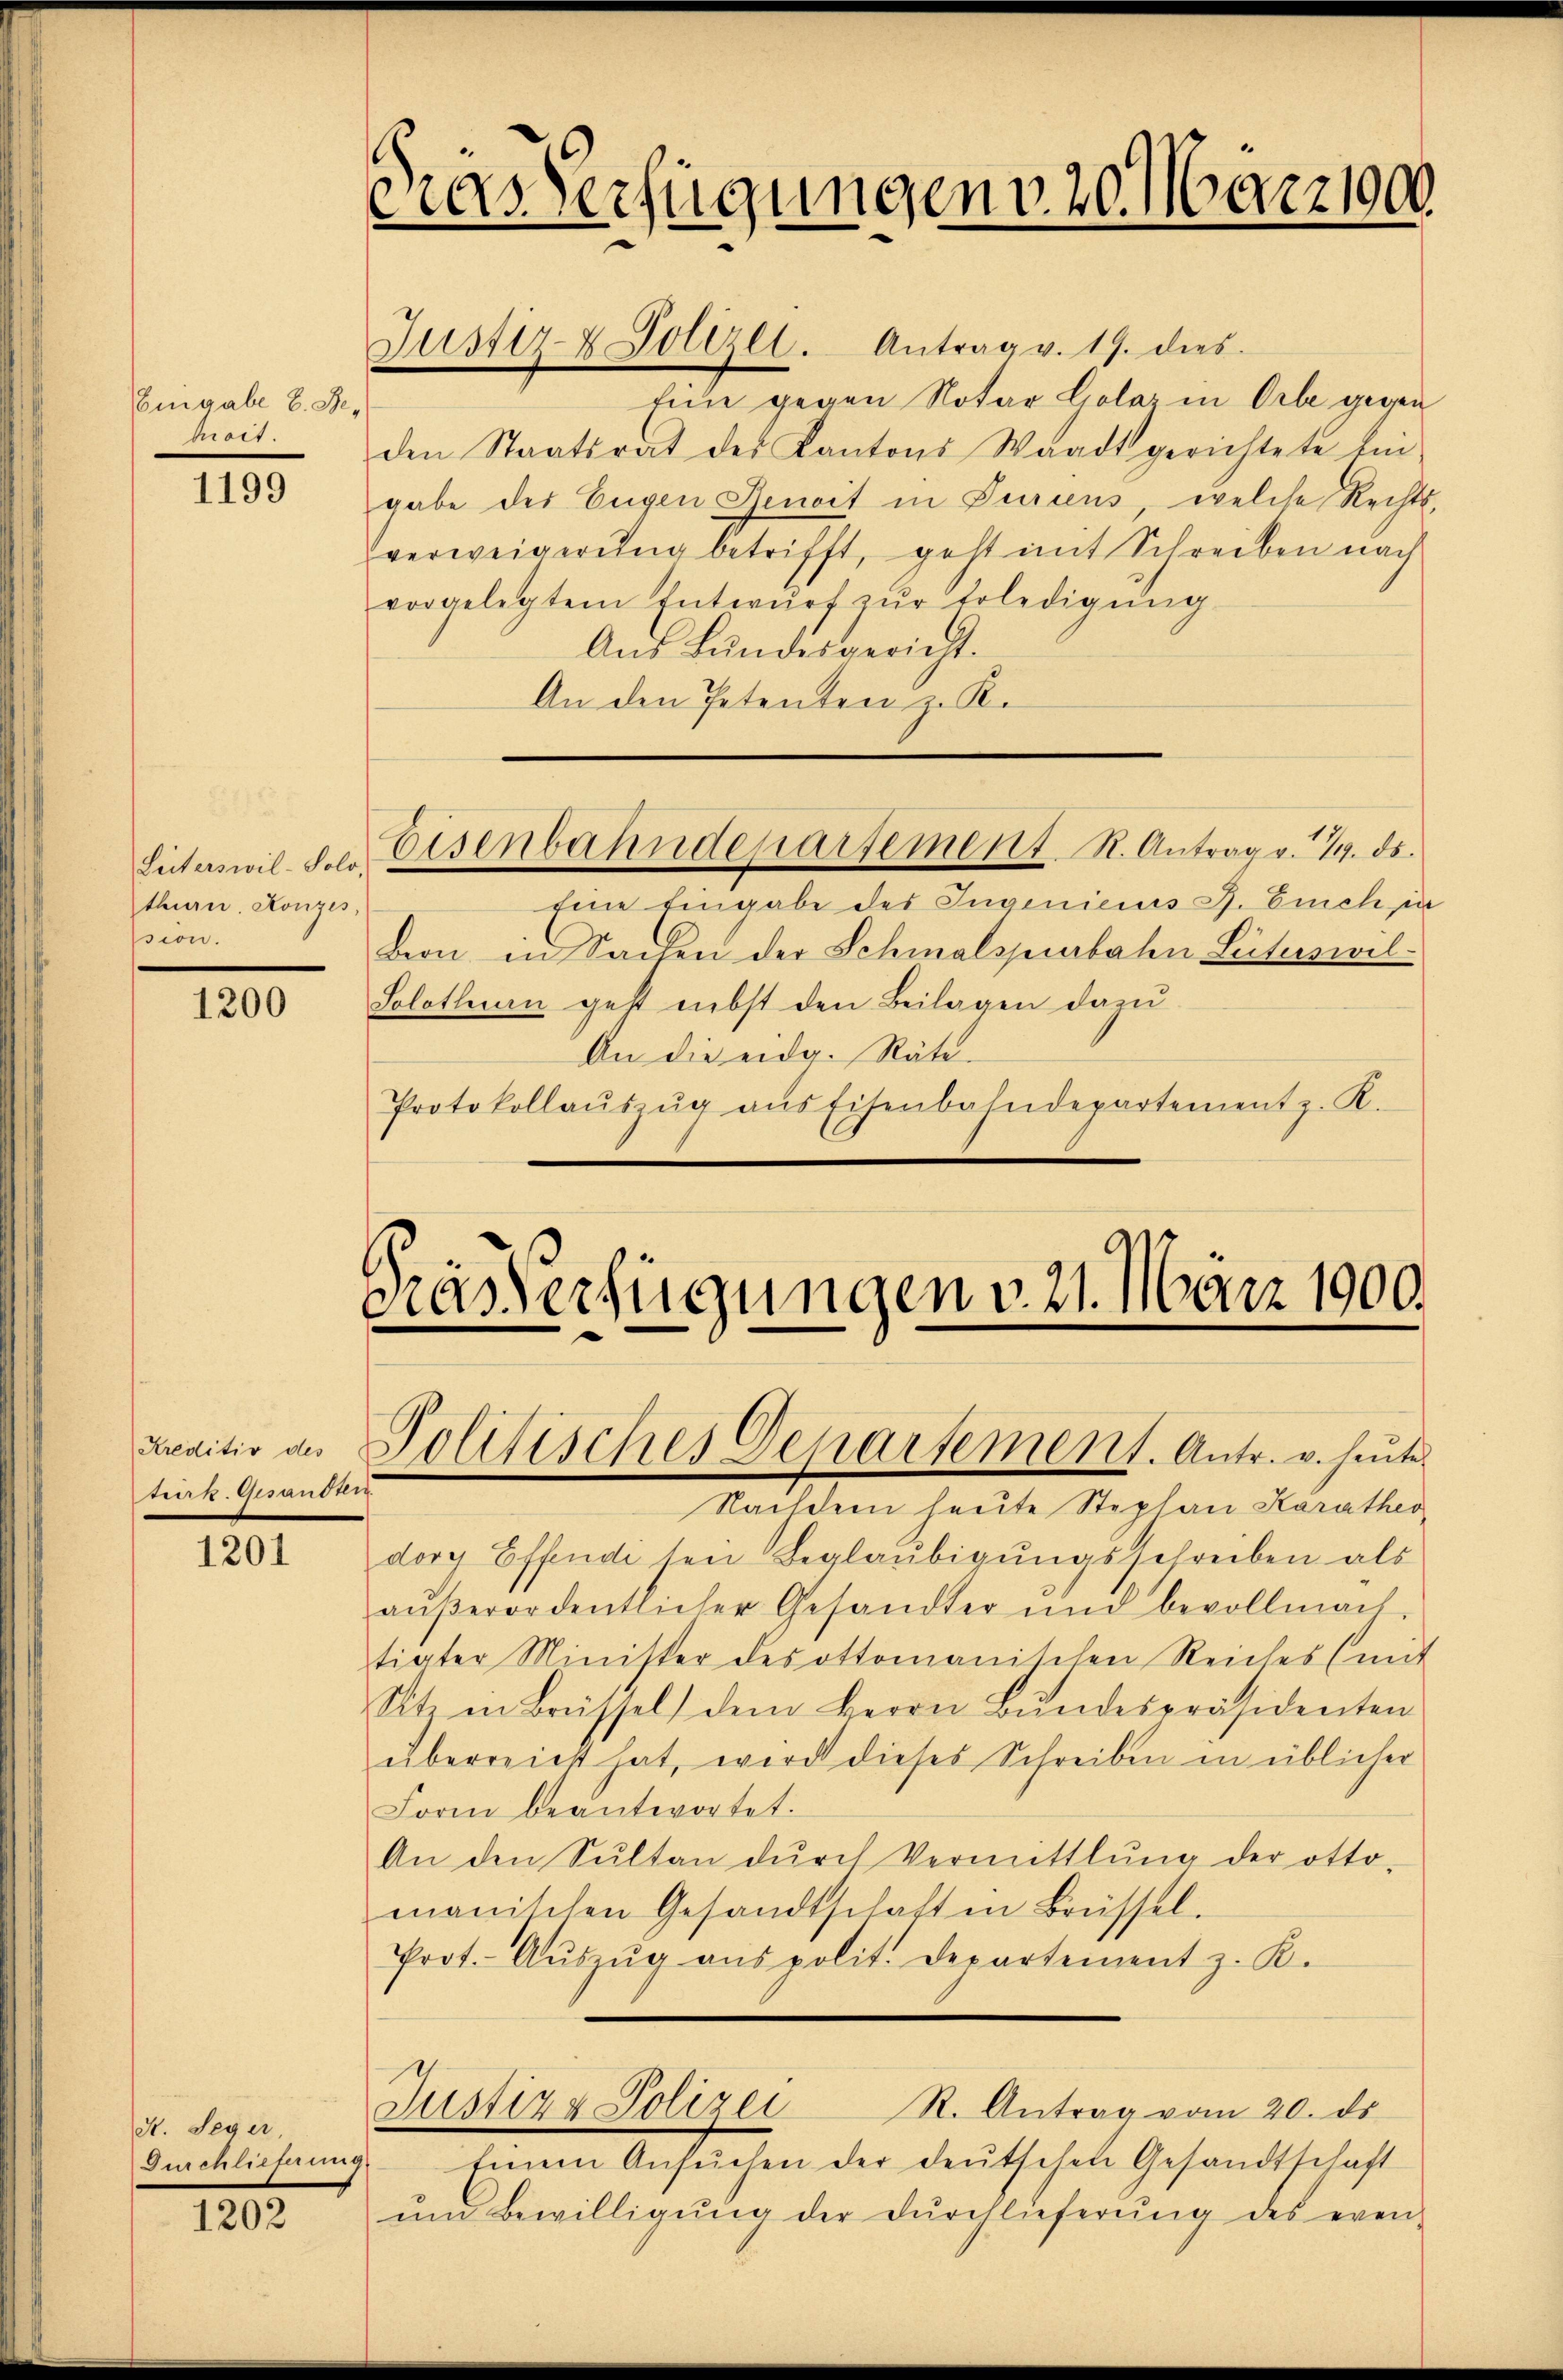
Eingabe E. Behoit.

1199

1200

Kreditiv des
trirk.Gesandun

1201

Kt. Seger,
Durchlieferung

1202

cias Verfügungen v. 20. 10221000.

Justiz- & Polizei. Antrag v. 19. dies
Eine gegen Notar Golaz in Orte gegen
den Staatsrat des Kantons Waadt gerichtete Em-
gabe der Eugen Renoit in Juriens, welche Rechts-
verweigerŭng betrifft, geht mit Schreiben nach
vorgelegtem Entwŭrf zŭr Erledigŭng
Aus Bundesgericht.
An den Petenten z. K.

8
Leiterswil-Solo-
thurn. Konzes,
sion.

Eine Eingabe des Invenicus J. Euch in
Bern in Sachen der Schmalspeebahen Lutuswil¬
Solothurn geht nebst den Beilagen dazu
An die eidg. Räte.
Protokollaŭszŭg aŭs Eisenbahndepartement z. K.

Eisenbahndepartement. R. Antrag v. 19. ds.

Prasverfügungen v. 21. März 1900,
Politisches Departement. Antr. v. heute

Nachdem heute Stephan Karathes
dorg Effende ten Beglaubigungsschreiben als
aŭβerordentlicher Gesandter und bevollmach
tiater Minister des ottomanischen Reiches (mit
Site in Brüssel) dem Herrn Bŭndespräsidenten
überreicht hat, wird dieses Schreiben in üblicher
Form beantwortet.
An den Sŭlten dŭrch Vermittlung der otto-
manischen Gesandtschaft in Brüssel.
Prot. Aŭszŭg aŭs polit. Departement z. K.
R. Antrag vom 20. ds.
Justiz & Polizei
tinen Ansŭchen der deutschen Gesandtschaft
ŭnd Bewilligŭng der Dŭrchlieferŭng des even-